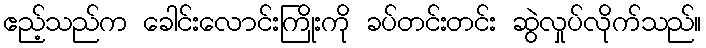
ဧည့်သည်က ခေါင်းလောင်းကြိုးကို ခပ်တင်းတင်း ဆွဲလှုပ်လိုက်သည်။